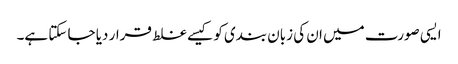
ایسی صورت میں ان کی زبان بندی کو کیسے غلط قرار دیا جا سکتا ہے۔